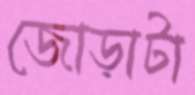
জোড়াটা